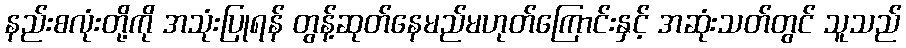
နည်းစလုံးတို့ကို အသုံးပြုရန် တွန့်ဆုတ်နေမည်မဟုတ်ကြောင်းနှင့် အဆုံးသတ်တွင် သူသည်